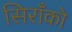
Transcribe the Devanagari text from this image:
सिराँको